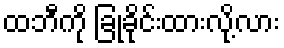
ထဘီကို ခြုံခိုင်းထားလို့လား